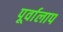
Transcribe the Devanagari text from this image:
पूर्वालाप